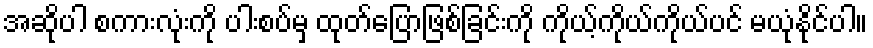
အဆိုပါ စကားလုံးကို ပါးစပ်မှ ထုတ်ပြောဖြစ်ခြင်းကို ကိုယ့်ကိုယ်ကိုယ်ပင် မယုံနိုင်ပါ။